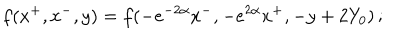
f ( x ^ { + } , x ^ { - } , y ) = f ( - e ^ { - 2 \alpha } x ^ { - } , - e ^ { 2 \alpha } x ^ { + } , - y + 2 Y _ { 0 } ) \, ;